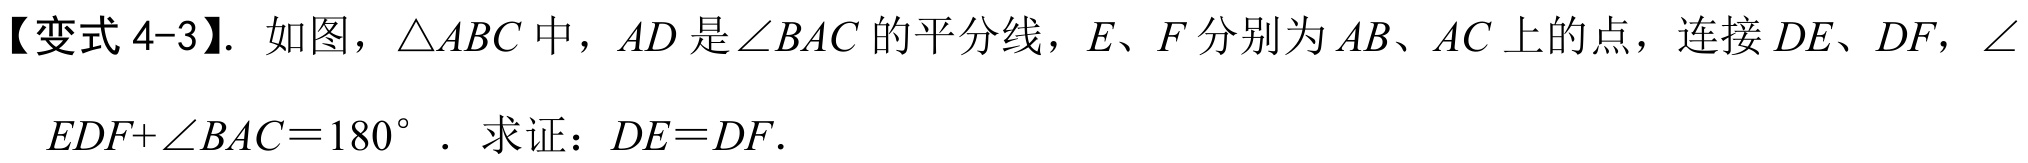
【变式 4-3】. 如图，\(\triangle ABC\)中，\(AD\)是\(\angle BAC\)的平分线，\(E\)、\(F\)分别为\(AB\)、\(AC\)上的点，连接\(DE\)、\(DF\)，\(\angle EDF+\angle BAC = 180^{\circ}\)．求证：\(DE = DF\).